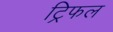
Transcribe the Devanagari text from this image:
ट्रिफल